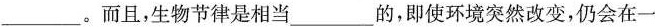
___。而且，生物节律是相当___的，即使环境突然改变，仍会在一